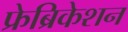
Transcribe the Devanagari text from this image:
फ्रेब्रिकेशन